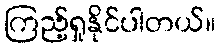
ကြည့်ရှုနိုင်ပါတယ်။